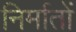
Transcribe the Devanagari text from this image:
निर्मातों